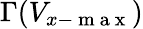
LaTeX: \Gamma(V_{x-\mathrm{~m~a~x~}})